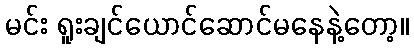
မင်း ရူးချင်ယောင်ဆောင်မနေနဲ့တော့။